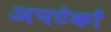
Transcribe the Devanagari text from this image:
अपटेकों